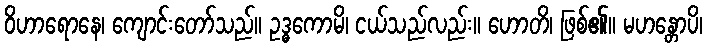
ဝိဟာရောနေ၊ ကျောင်းတော်သည်။ ဥဒ္ဓကောမိ၊ ငယ်သည်လည်း။ ဟောတိ၊ ဖြစ်၏။ မဟန္တောပိ၊